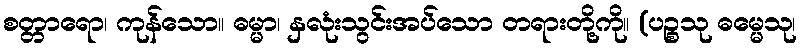
စတ္တာရော၊ ကုန်သော။ ဓမ္မာ၊ နှလုံးသွင်းအပ်သော တရားတို့ကို။ (ပဉ္စသု ဓမ္မေသု၊